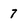
Character: 7